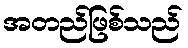
အတည်ဖြစ်သည်